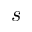
s